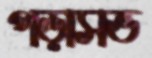
পড়াসভ